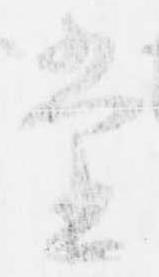
堂